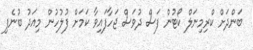
ބަންދަށް ކްރިމިނަލް ކޯޓުން ފަސް ދުވަސް ޖަހާފައިވާ ކަމަށް ފުލުހުން މިއަދު ބުނެފި